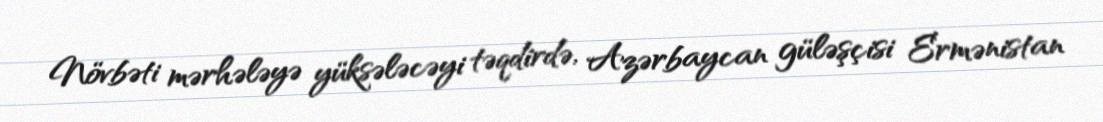
Növbəti mərhələyə yüksələcəyi təqdirdə, Azərbaycan güləşçisi Ermənistan